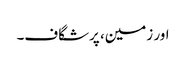
اور زمین، پرشگاف۔